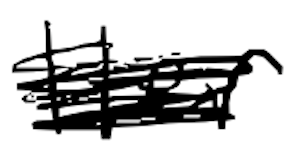
Text: Her
Cross-out: scratch
Writing tool: digital_black